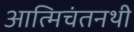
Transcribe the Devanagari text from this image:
आत्मिचंतनथी